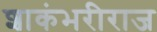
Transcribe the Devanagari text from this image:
शाकंभरीराज